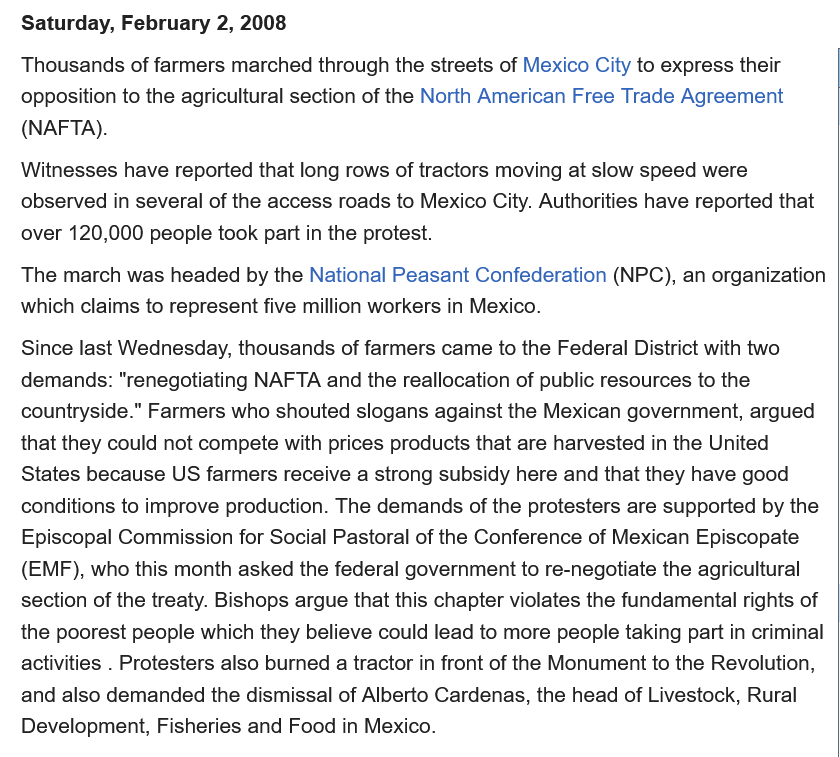
Saturday, February 2, 2008
   Thousands of farmers marched through the streets of Mexico City to express their
   opposition to the agricultural section of the North American Free Trade Agreement
   (NAFTA).
   Witnesses have reported that long rows of tractors moving at slow speed were
   observed in several of the access roads to Mexico City. Authorities have reported that
   over 120,000 people took part in the protest.
   The march was headed by the National Peasant Confederation (NPC), an organization
   which claims to represent five million workers in Mexico.
   Since last Wednesday, thousands of farmers came to the Federal District with two
   demands: "renegotiating NAFTA and the reallocation of public resources to the
   countryside." Farmers who shouted slogans against the Mexican government, argued
   that they could not compete with prices products that are harvested in the United
   States because US farmers receive a strong subsidy here and that they have good
   conditions to improve production. The demands of the protesters are supported by the
   Episcopal Commission for Social Pastoral of the Conference of Mexican Episcopate
   (EMF), who this month asked the federal government to re-negotiate the agricultural
   section of the treaty. Bishops argue that this chapter violates the fundamental rights of
   the poorest people which they believe could lead to more people taking part in criminal
   activities
     .
     Protesters also burned a tractor in front of the Monument to the Revolution,
   and also demanded the dismissal of Alberto Cardenas, the head of Livestock, Rural
   Development, Fisheries and Food in Mexico.